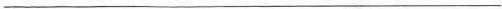
___